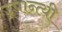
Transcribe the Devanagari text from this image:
उपान्त्यी